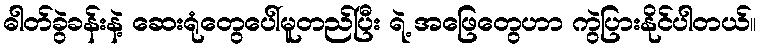
ဓါတ်ခွဲခန်းနဲ့ ဆေးရုံတွေပေါ်မူတည်ပြီး ရဲ့ အဖြေတွေဟာ ကွဲပြားနိုင်ပါတယ်။